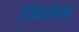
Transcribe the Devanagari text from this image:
जिसेस